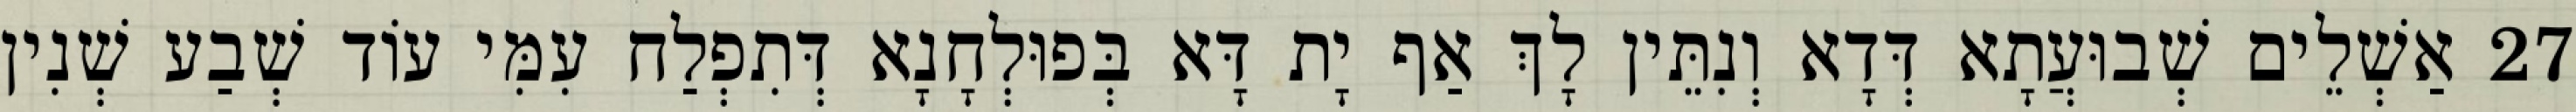
27 אַשְׁלֵים שְׁבוּעֲתָא דְּדָא וְנִתֵּין לָךְ אַף יָת דָּא בְּפוּלְחָנָא דְּתִפְלַח עִמִּי עוֹד שְׁבַע שְׁנִין